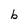
Character: b